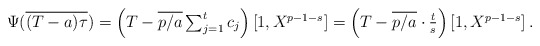
\begin{align*} \textstyle \Psi (\overline{\textstyle (T - a) \tau}) & \textstyle = \left( T - \overline{p/a} \sum_{j=1}^t c_j\right) \left[1, X^{p-1-s}\right]= \left( T - \overline{p/a} \cdot \frac{t}{s}\right) \left[1, X^{p-1-s}\right]. \end{align*}